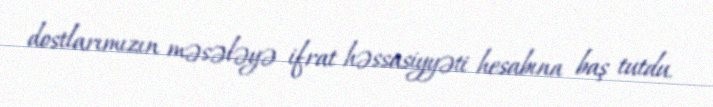
dostlarımızın məsələyə ifrat həssasiyyəti hesabına baş tutdu.